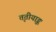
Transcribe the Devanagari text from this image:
तृतीयाङ्क